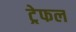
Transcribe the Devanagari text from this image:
ट्रेफल